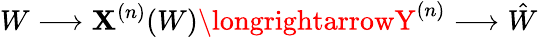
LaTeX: W\longrightarrow\mathbf{X}^{(n)}(W)\longrightarrowY^{(n)}\longrightarrow{\hat{{W}}}